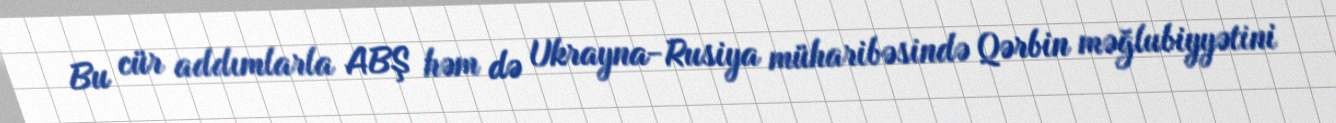
Bu cür addımlarla ABŞ həm də Ukrayna-Rusiya müharibəsində Qərbin məğlubiyyətini